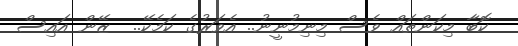
ކޮބާ މިކަންތައް ވެސް މިނިމުނީނު.. އެވަރުގެ ކަމެކޭ..  ޒޭން އައިސް